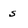
Character: s